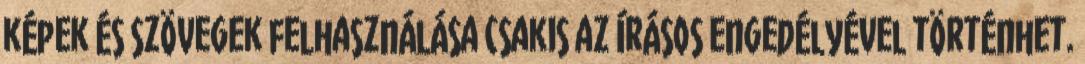
képek és szövegek felhasználása csakis az írásos engedélyével történhet.